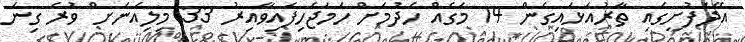
އޭދަފުށީގައި ތާރުއަޅައިގެން 14 މަގެއް ހެދުމަށް ހަމަޖެހިފައިވާއިރު 33 މިލިއަނަށް ވުރެ ގިނަ